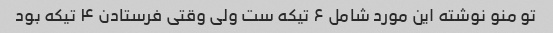
تو منو نوشته این مورد شامل ۶ تیکه ست ولی وقتی فرستادن ۴ تیکه بود